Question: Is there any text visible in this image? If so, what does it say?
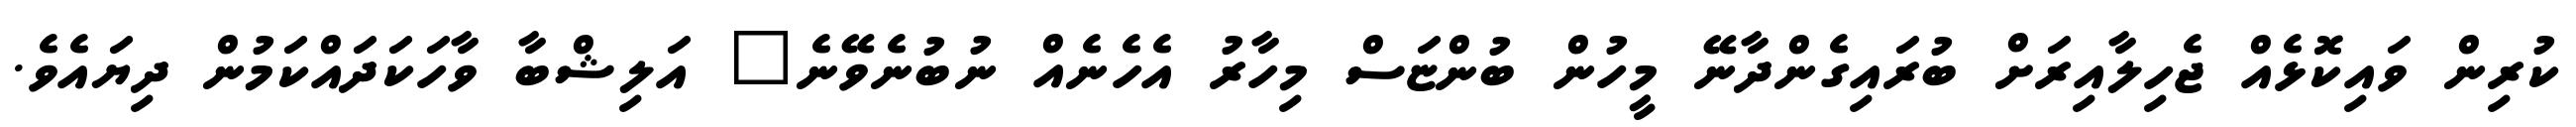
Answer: ކުރިން ވައިކޮޅެއް ޖެހިލާއިރަށް ބުރައިގެންދާނޭ މީހުން ބުންޏަސް މިހާރު އެހެނެއް ނުބުނެވޭނެ" އަލިޝްބާ ވާހަކަދައްކަމުން ދިޔައެވެ.